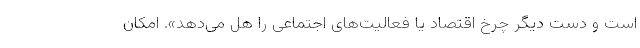
است و دست دیگر چرخ اقتصاد یا فعالیت‌های اجتماعی را هل می‌دهد». امکان